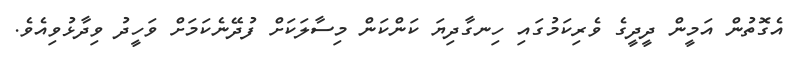
އެގޮތުން އަމީން ދީދީގެ ވެރިކަމުގައި ހިނގާދިޔަ ކަންކަން މިސާލަކަށް ފުދޭނެކަމަށް ވަހީދު ވިދާޅުވިއެވެ.